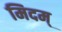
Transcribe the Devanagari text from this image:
मिदम्